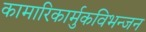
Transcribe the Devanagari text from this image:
कामारिकार्मुकविभन्जन